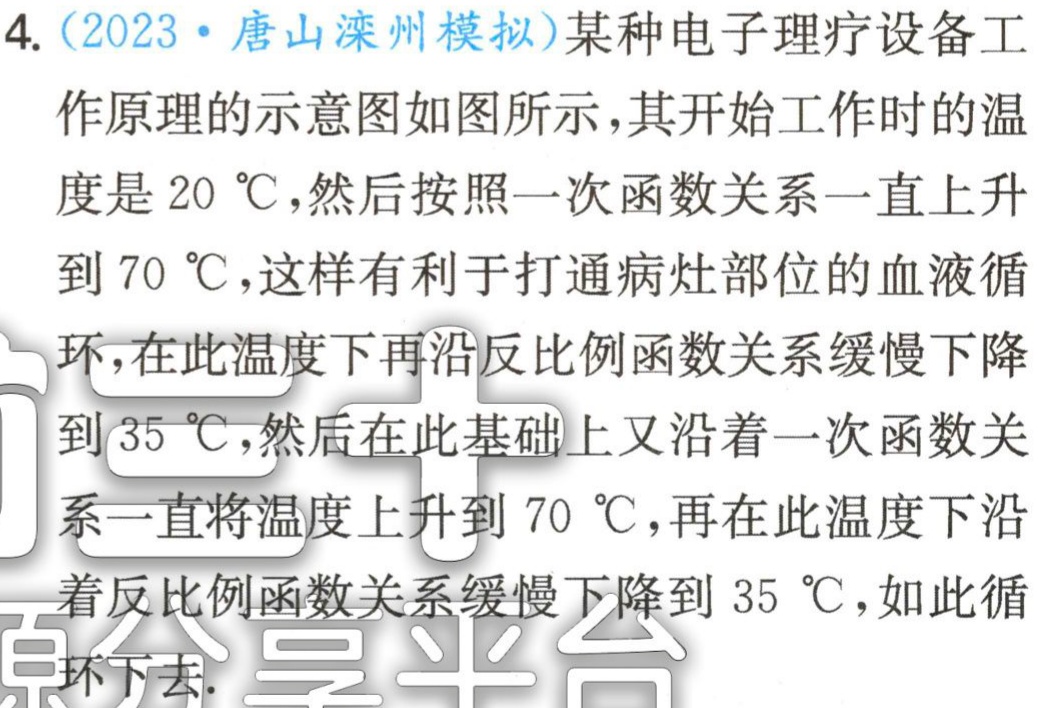
4.（2023·唐山滦州模拟）某种电子理疗设备工

作原理的示意图如图所示，其开始工作时的温

度是$20\ ^{\circ}\text{C}$，然后按照一次函数关系一直上升

到$70\ ^{\circ}\text{C}$，这样有利于打通病灶部位的血液循

环，在此温度下再沿反比例函数关系缓慢下降

到$35\ ^{\circ}\text{C}$，然后在此基础上又沿着一次函数关

系一直将温度上升到$70\ ^{\circ}\text{C}$，再在此温度下沿

着反比例函数关系缓慢下降到$35\ ^{\circ}\text{C}$，如此循

环下去.